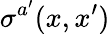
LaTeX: \sigma^{a^{\prime}}(x,x^{\prime})